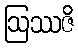
ဩဿဇိ